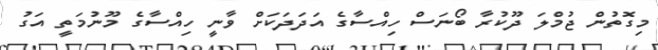
މިގޮތުން ޖުމްލަ ދޫކުރާ ބޯނަސް ހިއްސާގެ އަދަދަކަށް ވާނީ ހިއްސާގެ މޫނުމަތީ އަގު